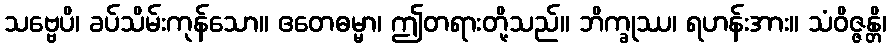
သဗ္ဗေပိ၊ ခပ်သိမ်းကုန်သော။ ဧတေဓမ္မာ၊ ဤတရားတို့သည်။ ဘိက္ခုဿ၊ ရဟန်းအား။ သံဝိဇ္ဇန္တိ၊